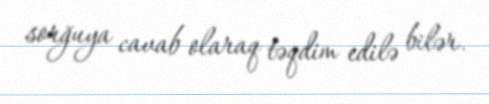
sorğuya cavab olaraq təqdim edilə bilər.